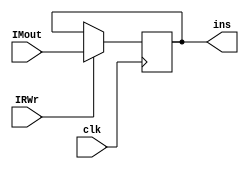
module IRreg(clk,IRWr,IMout,ins);
  input clk,IRWr;
  input [31:0]IMout;
  output reg [31:0]ins;
  always@(posedge clk)  
    if(IRWr)
        ins=IMout;
endmodule


module Areg(clk,busA,A);
  input clk;
  input [31:0]busA;
  output reg[31:0]A;
  always@(posedge clk)
    A=busA;
endmodule


module Breg(clk,busB,Bout);
  input clk;
  input [31:0]busB;
  output reg [31:0]Bout;
  always@(posedge clk)
    Bout=busB;
endmodule


module ALUreg(clk,ALUout,ALURout);
  input clk;
  input [31:0]ALUout;
  output reg [31:0]ALURout;
  always@(posedge clk)
  begin
    ALURout=ALUout;
  end
endmodule

module DMreg(clk,DMout,DRout);
  input clk;
  input [31:0]DMout;
  output reg[31:0]DRout;
  always@(posedge clk)
    DRout=DMout;
endmodule